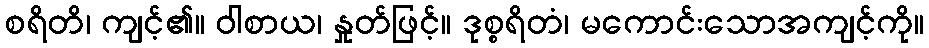
စရိတိ၊ ကျင့်၏။ ဝါစာယ၊ နှုတ်ဖြင့်။ ဒုစ္စရိတံ၊ မကောင်းသောအကျင့်ကို။